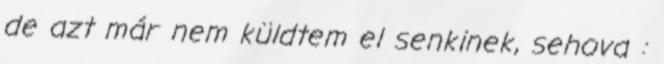
de azt már nem küldtem el senkinek, sehova :